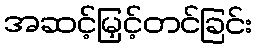
အဆင့်မြှင့်တင်ခြင်း